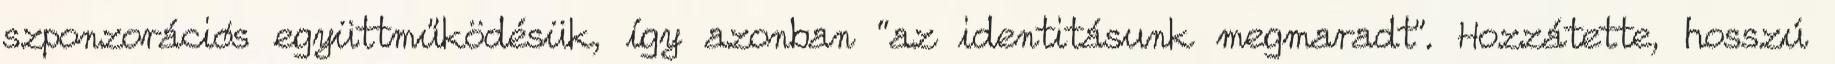
szponzorációs együttműködésük, így azonban “az identitásunk megmaradt”. Hozzátette, hosszú